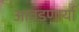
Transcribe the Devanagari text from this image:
आवडणार्या